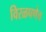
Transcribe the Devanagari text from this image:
विरळपणेच